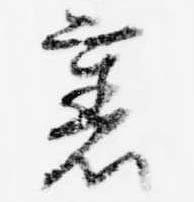
裏